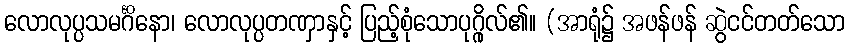
လောလုပ္ပသမင်္ဂိနော၊ လောလုပ္ပတဏှာနှင့် ပြည့်စုံသောပုဂ္ဂိုလ်၏။ (အာရုံ၌ အဖန်ဖန် ဆွဲငင်တတ်သော